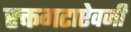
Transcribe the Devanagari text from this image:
रक्तगटाऐवजी